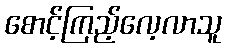
စောင့်ကြည့်လေ့လာသူ